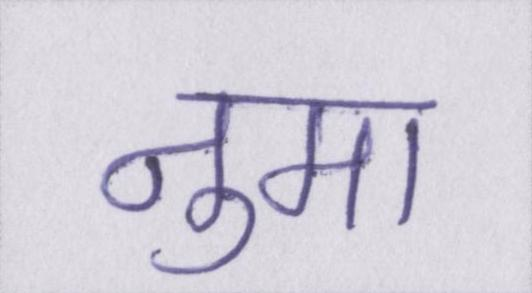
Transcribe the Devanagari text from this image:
नुमा